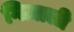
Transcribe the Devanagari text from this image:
गिज़ाली